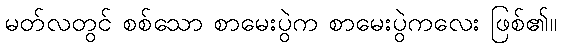
မတ်လတွင် စစ်သော စာမေးပွဲက စာမေးပွဲကလေး ဖြစ်၏။